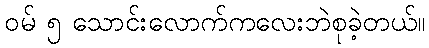
ဝမ် ၅ သောင်းလောက်ကလေးဘဲစုခဲ့တယ်။